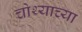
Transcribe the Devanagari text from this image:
चोथ्याच्या